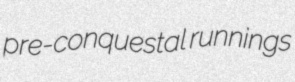
pre-conquestal runnings